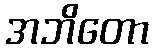
အဘိတော